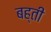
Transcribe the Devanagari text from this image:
बह्ती